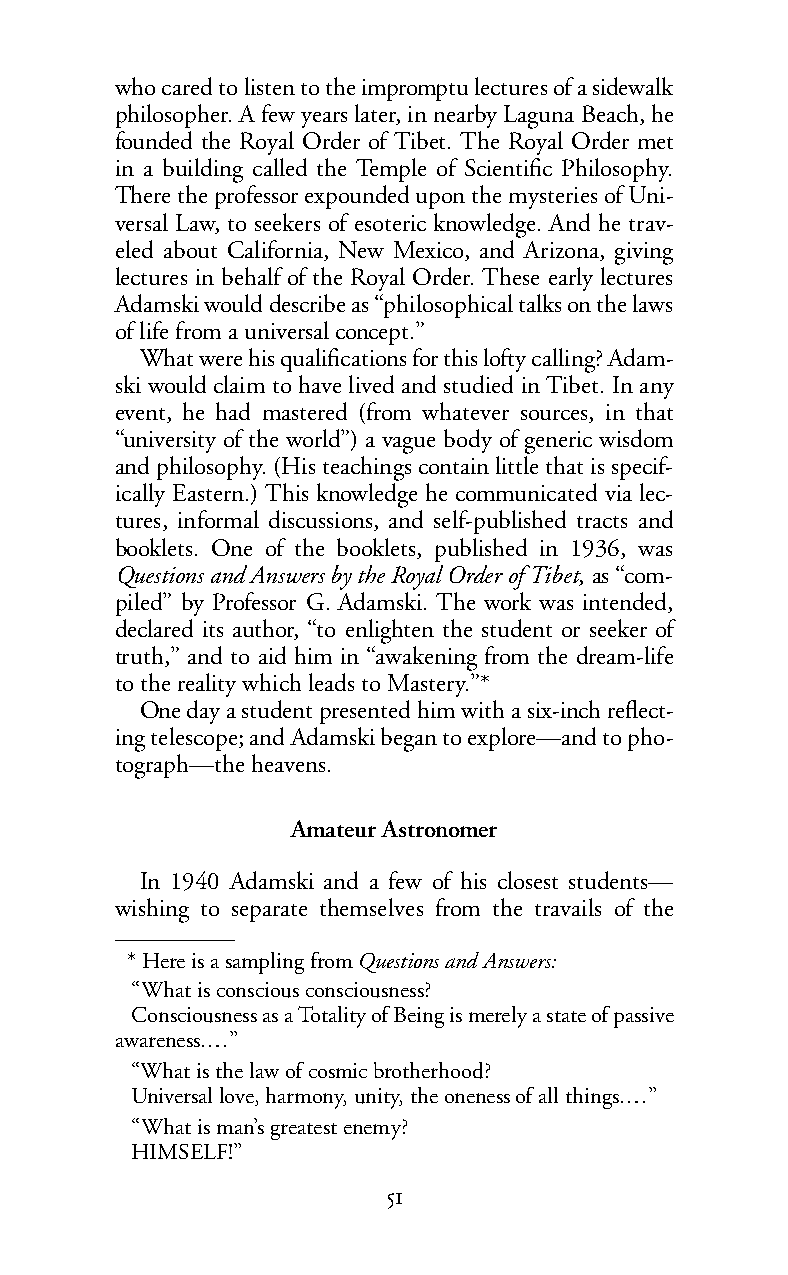
who cared to listen to the impromptu lectures of a sidewalk
 philosopher. A few years later, in nearby Laguna Beach, he
 founded the Royal Order of Tibet. The Royal Order met
 in a building called the Temple of Scientific Philosophy.
 There the professor expounded upon the mysteries of Uni-
 versal Law, to seekers of esoteric knowledge. And he trav-
 eled about California, New Mexico, and Arizona, giving
 lectures in behalf of the Royal Order. These early lectures
 Adamski would describe as “philosophical talks on the laws
 of life from a universal concept.”
 What were his qualifications for this lofty calling? Adam-
 ski would claim to have lived and studied in Tibet. In any
 event, he had mastered (from whatever sources, in that
 “university of the world”) a vague body of generic wisdom
 and philosophy. (His teachings contain little that is specif-
 ically Eastern.) This knowledge he communicated via lec-
 tures, informal discussions, and self-published tracts and
 booklets. One of the booklets, published in 1936, was
 Questions and Answers by the Royal Order of Tibet, as “com-
 piled” by Professor G. Adamski. The work was intended,
 declared its author, “to enlighten the student or seeker of
 truth,” and to aid him in “awakening from the dream-life
 to thereality which leads to Mastery.”*
 One day a student presented him with a six-inch reflect-
 ing telescope; and Adamski began to explore—and to pho-
 tograph—the heavens.
 Amateur Astronomer
 In 1940 Adamski and a few of his closest students—
 wishing to separate themselves from the travails of the
 *Here is a sampling fromQuestions and Answers:
 “What is conscious consciousness?
 Consciousness as a Totality of Being is merely a state of passive
 awareness.…”
 “What is the law of cosmic brotherhood?
 Universal love, harmony, unity, the oneness of all things.…”
 “What is man’s greatest enemy?
 HIMSELF!”
 